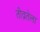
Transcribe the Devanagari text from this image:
तीव्रतेला